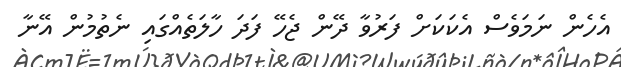
އެހެން ނަމަވެސް އެކަކަށް ފަރުވާ ދޭން ޖެހޭ ފަދަ ހާލަތެއްގައި ނެތުމުން އޭނާ